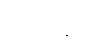
ဝတ္တိနော